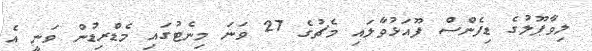
ލިވާޕޫލުގެ ޑިފެންސް ފޫއަޅުވާލައި މެޗުގެ 27 ވަނަ މިނެޓުގައި މެޑްރިޑުން ވަނީ އެ